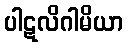
ပါဋလိဂါမိယာ